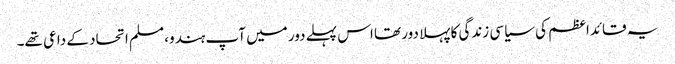
یہ قائداعظم کی سیاسی زندگی کا پہلا دور تھا اس پہلے دور میں آپ ہندو، مسلم اتحاد کے داعی تھے۔